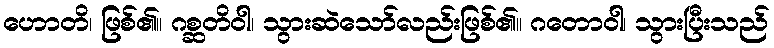
ဟောတိ၊ ဖြစ်၏။ ဂစ္ဆတိဝါ၊ သွားဆဲသော်လည်းဖြစ်၏။ ဂတောဝါ၊ သွားပြီးသည်